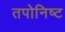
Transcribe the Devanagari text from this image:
तपोनिष्ट